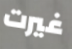
غيرت